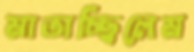
মাতাচ্ছিলেম